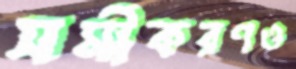
সমীকরণও